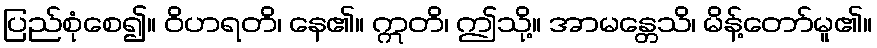
ပြည်စုံစေ၍။ ဝိဟရတိ၊ နေ၏။ ဣတိ၊ ဤသို့။ အာမန္တေသိ၊ မိန့်တော်မူ၏။